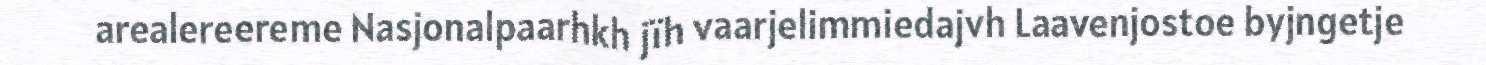
arealereereme Nasjonalpaarhkh jïh vaarjelimmiedajvh Laavenjostoe byjngetje